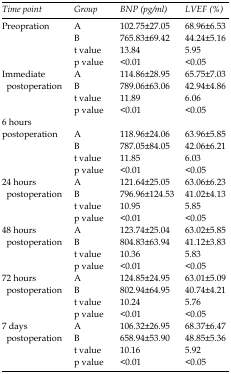
| Time point | Group | BNP (pg/ml) | LVEF (%) |
 | --- | --- | --- | --- |
 | <ROWSPAN=4> Preopration | A | 102.75±27.05 | 68.96±6.53 |
 | B | 765.83±69.42 | 44.24±5.16 |
 | t value | 13.84 | 5.95 |
 | p value | <0.01 | <0.05 |
 | <ROWSPAN=4> Immediate postoperation | A | 114.86±28.95 | 65.75±7.03 |
 | B | 789.06±63.06 | 42.94±4.86 |
 | t value | 11.89 | 6.06 |
 | p value | <0.01 | <0.05 |
 | <ROWSPAN=4> 6 hours postoperation | A | 118.96±24.06 | 63.96±5.85 |
 | B | 787.05±84.05 | 42.06±6.21 |
 | t value | 11.85 | 6.03 |
 | p value | <0.01 | <0.05 |
 | <ROWSPAN=4> 24 hours postoperation | A | 121.64±25.05 | 63.06±6.23 |
 | B | 796.96±124.53 | 41.02±4.13 |
 | t value | 10.95 | 5.85 |
 | p value | <0.01 | <0.05 |
 | <ROWSPAN=4> 48 hours postoperation | A | 123.74±25.04 | 63.02±5.85 |
 | B | 804.83±63.94 | 41.12±3.83 |
 | t value | 10.36 | 5.83 |
 | p value | <0.01 | <0.05 |
 | <ROWSPAN=4> 72 hours postoperation | A | 124.85±24.95 | 63.01±5.09 |
 | B | 802.94±64.95 | 40.74±4.21 |
 | t value | 10.24 | 5.76 |
 | p value | <0.01 | <0.05 |
 | <ROWSPAN=4> 7 days postoperation | A | 106.32±26.95 | 68.37±6.47 |
 | B | 658.94±53.90 | 48.85±5.36 |
 | t value | 10.16 | 5.92 |
 | p value | <0.01 | <0.05 |